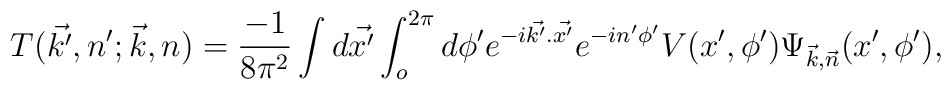
T(\vec{k'},n';\vec{k},n)=\frac{-1}{8\pi^2}\int  d\vec{x'}\int_{o}^{2\pi} d\phi'e^{-i \vec{k'} . \vec{x'}} e^{-in'\phi'} V(x',\phi') \Psi_{\vec{k},\vec{n}}(x',\phi'),